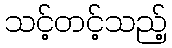
သင့်တင့်သည့်